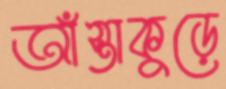
আঁস্তাকুড়ে